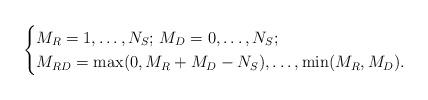
LaTeX: \begin{align*}\begin{cases}M_{R}=1,\ldots,N_{S};\,M_{D}=0,\ldots,N_{S};\\M_{RD}=\max(0,M_{R}+M_{D}-N_{S}),\ldots,\min(M_{R},M_{D}).\end{cases}\end{align*}